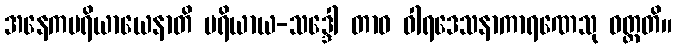
အနေကပရိယာယေနာတိ ပရိယာယ-သဒ္ဒေါ တာဝ ဝါရဒေသနာကာရဏေသု ဝတ္တတိ။